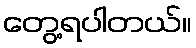
တွေ့ရပါတယ်။